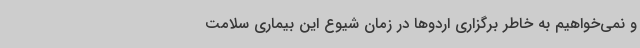
و نمی‌خواهیم به خاطر برگزاری اردوها در زمان شیوع این بیماری سلامت